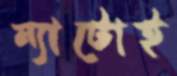
ন্যাটোই